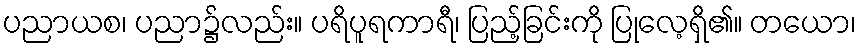
ပညာယစ၊ ပညာ၌လည်း။ ပရိပူရကာရီ၊ ပြည့်ခြင်းကို ပြုလေ့ရှိ၏။ တယော၊